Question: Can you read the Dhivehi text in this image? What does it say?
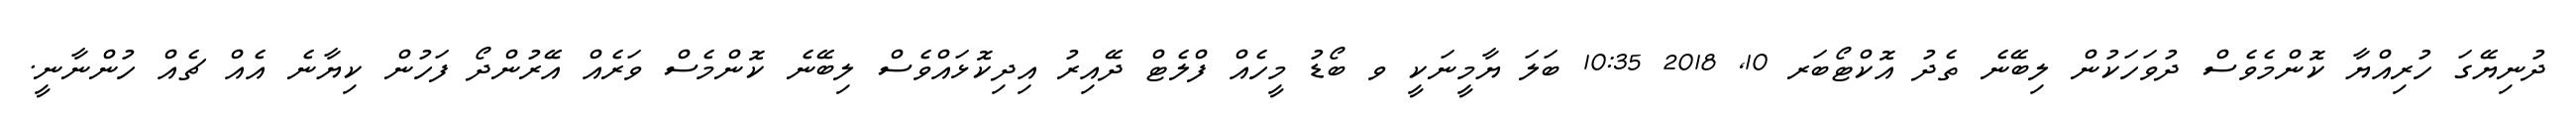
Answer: ދުނިޔޭގަ ހުރިއްޔާ ކޮންމެވެސް ދުވަހަކުން ލިބޭނެ ތެދު އޮކްޓޯބަރ 10, 2018 10:35 ބަލަ ޔާމީނަކީ ވ ބޯޑު މީހެއް ފްލެޓް ދޭއިރު އިދިކޮޅައްވެސް ލިބޭނެ ކޮންމެސް ވަރެއް އޭރުންދޯ ފަހުން ކިޔާނެ އެއް ޗެއް ހުންނާނީ.